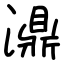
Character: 濎